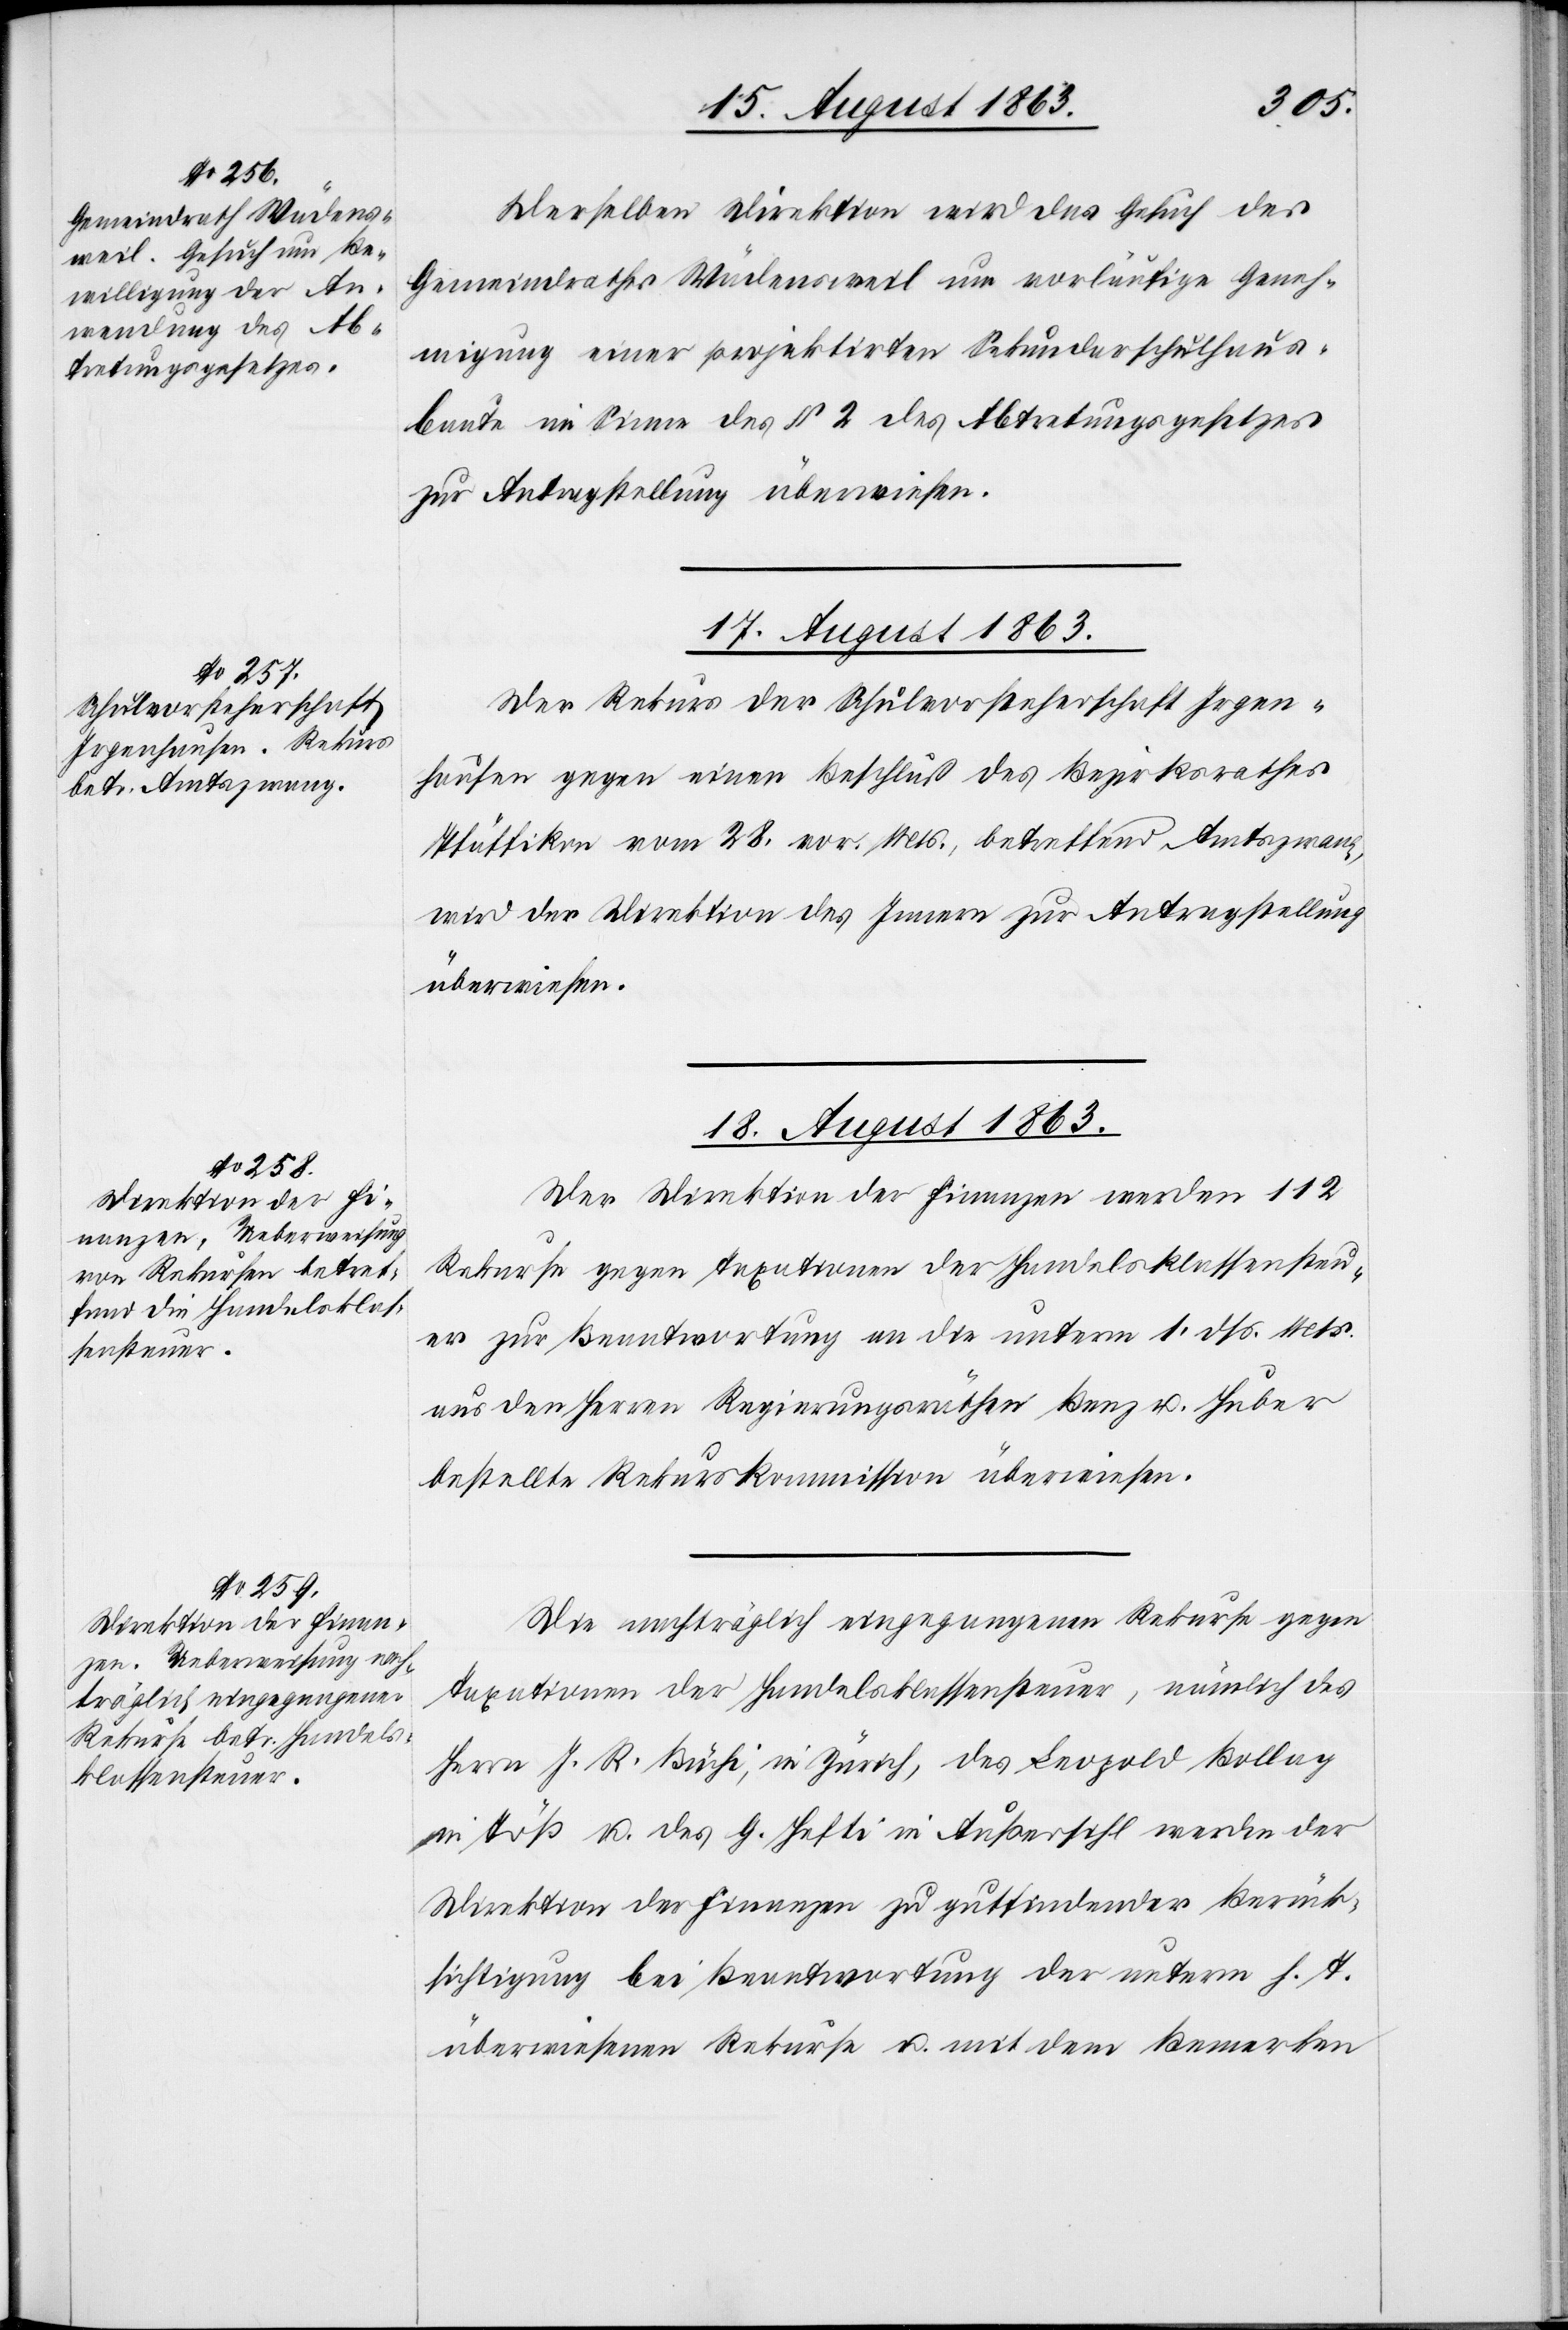
18. August 1863.]
Derselben Direktion wird das Gesuch des
Gemeindrathes Wädensweil um vorläufige Geneh¬
migung einer projektirten Sekundarschulhaus¬
baute im Sinne des § 2 des Abtretungsgesetzes
zur Antragstellung überwiesen.
17. August 1863.
Der Rekurs der Schulvorsteherschaft Irgen¬
hausen gegen einen Beschluß des Bezirksrathes
Pfäffikon vom 28. vor. Mts., betreffend Amtszwang,
wird der Direktion des Innern zur Antragstellung
überwiesen.
Der Direktion der Finanzen werden 112
Rekurse gegen Taxationen der Handelsklassensteu¬
er zur Beantwortung an die unterm 1. dß. Mts.
aus den Herren Regierungsräthen Benz u. Huber
bestellte Rekurskommission überwiesen.
Die nachträglich eingegangenen Rekurse gegen
Taxationen der Handelsklassensteuer, nämlich des
Herrn R. Büchi, in Zürich, des Leopold Bollag
in Töß u. des G. Hefti in Außersihl werden der
Direktion der Finanzen zu gutfindender Berück¬
sichtigung bei Beantwortung der unterm h. T.
überwiesenen Rekurse u. mit dem Bemerken